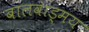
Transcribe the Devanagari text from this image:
बालवाड्मय